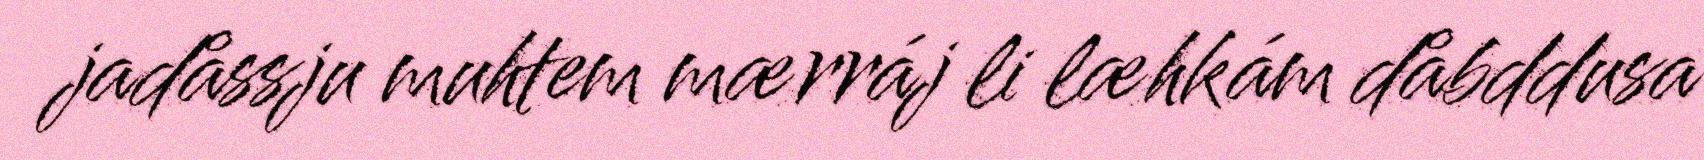
jadåssju muhtem mærráj li læhkám dåbddusa